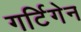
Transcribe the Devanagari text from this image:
गर्टिगेन